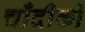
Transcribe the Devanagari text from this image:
चाँदीको